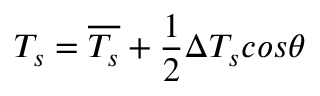
T _ { s } = \overline { { T _ { s } } } + \frac { 1 } { 2 } \Delta T _ { s } c o s \theta